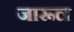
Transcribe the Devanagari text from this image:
जारूल